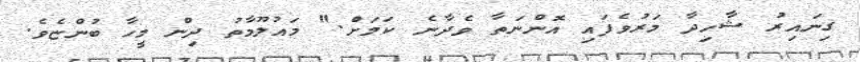
ގިނައިރު ޝާހިދާ މަރުވެފައި އޮންނަތާ ވެދާނެ ކަމަށް." މައުލޫމާތު ދިން މީހާ ބުންޏެވެ.